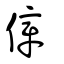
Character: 傽